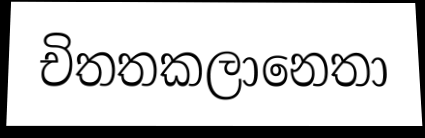
චිතතකලානෙතා